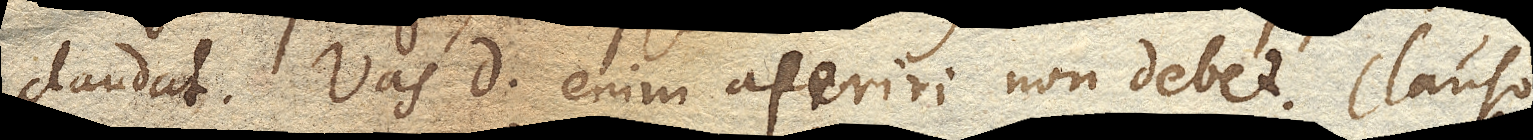
claudat. Vas D. enim aperiri non debet. Clauso